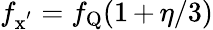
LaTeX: f_{\mathrm{x^{'}}}=f_{\mathrm{Q}}(1\, {+}\, \eta/3)